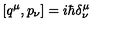
\left[ q ^ { \mu } , p _ { \nu } \right] = i \hbar \delta _ { \nu } ^ { \mu }